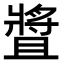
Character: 𤖛